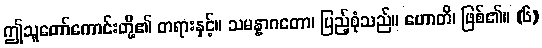
ဤသူတော်ကောင်းတို့၏ တရားနှင့်။ သမန္နာဂတော၊ ပြည့်စုံသည်။ ဟောတိ၊ ဖြစ်၏။ (၆)